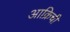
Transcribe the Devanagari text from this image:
आक्रिची